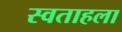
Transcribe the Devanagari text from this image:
स्वताहला